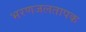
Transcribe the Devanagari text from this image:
भरणजलतापक